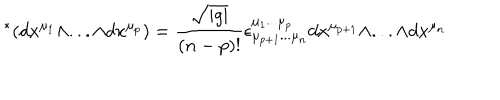
\ ^ { * } ( d x ^ { \mu _ { 1 } } \wedge . . . \wedge d x ^ { \mu _ { p } } ) = \frac { \sqrt { | g | } } { ( n - p ) ! } \epsilon _ { \mu _ { p + 1 } . . . \mu _ { n } } ^ { \mu _ { 1 } . . . \mu _ { p } } d x ^ { \mu _ { p + 1 } } \wedge . . . \wedge d x ^ { \mu _ { n } }